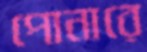
পোনারে